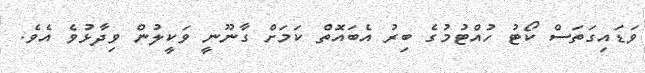
ވަޑައިގަަތަސް ކޯޓު ހުއްޓުމުގެ ބިރު އެބައޮތް ކަމަށް ގާނޫނީ ވަކީލުން ވިދާޅުވެ އެވެ.